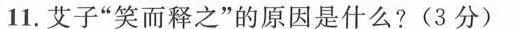
11.艾子”笑而释之”的原因是什么?(3分)